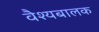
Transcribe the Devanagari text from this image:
वैश्यबालक